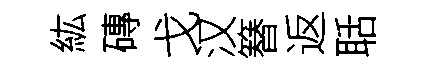
紘磚戈汉簮返聒